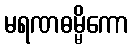
မရဏဓမ္မိကော